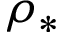
\rho _ { * }